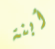
أبنة